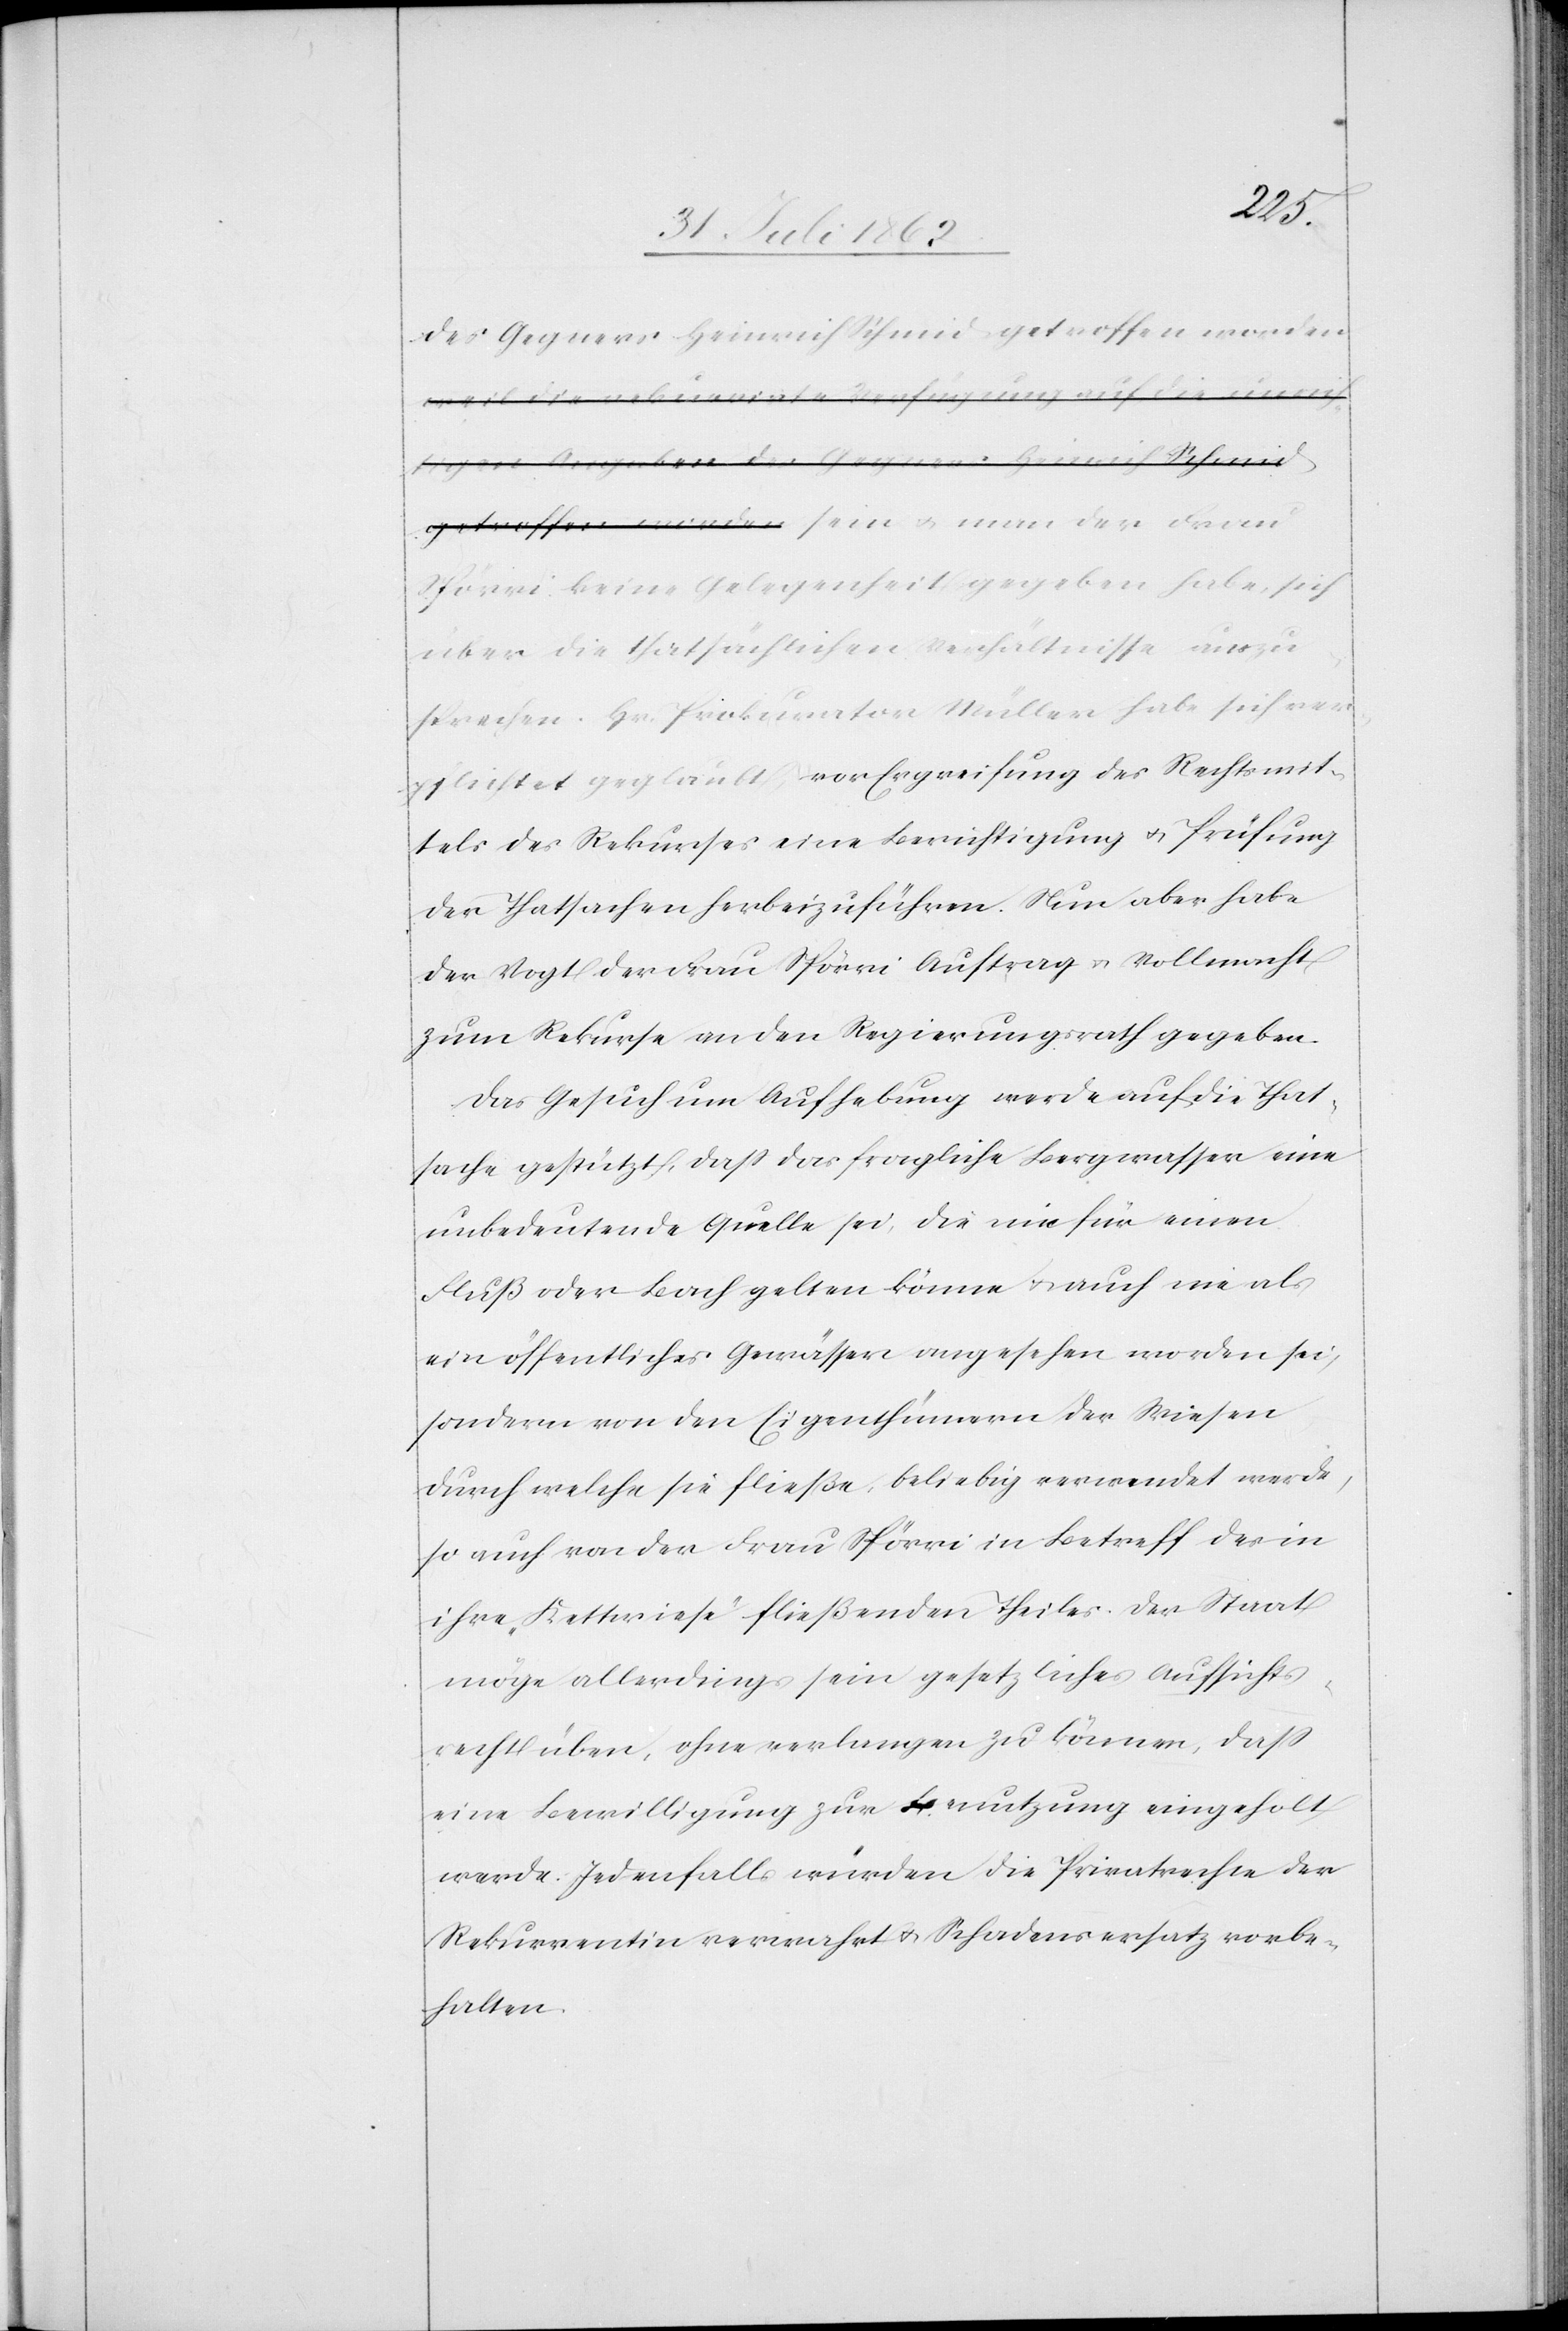
der
der Gegner Heinrich Schmid getroffen worden
Spörri keine Gelegenheit gegeben habe, sich
über die thatsächlichen Verhältnisse auszu¬
sprechen. Hr. Prokurator Müller habe sich ver¬
pflichtet geglaubt vor Ergreifung des Rechtsmit¬
tels des Rekurses eine Berichtigung u. Prüfung
der Thatsachen herbeizuführen. Nun aber habe
der Vogt der Frau Spörri Auftrag u. Vollmacht
zum Rekurse an den Regierungsrath gegeben.
Das Gesuch um Aufhebung werde auf die That¬
sache gestützt, daß das fragliche Bergwasser eine
unbedeutende Quelle sei, die nie für einen
Fluß oder Bach gelten könne u. auch nie als
ein öffentliches Gewässer angesehen worden sei,
sondern von den Eigenthümern der Wiesen
durch welche sie fließe, beliebig verwendet werde,
so auch von der Frau Spörri in Betreff des in
ihre Kettwiese fließenden Theiles. Der Staat
möge allerdings sein gesetzliches Aufsichts¬
recht üben, ohne verlangen zu können, daß
eine Bewilligung zur Benutzung eingeholt
werde. Jedenfalls würden die Privatrechte der
Rekurrentin verwahrt u. Schadensersatz vorbe¬
halten.